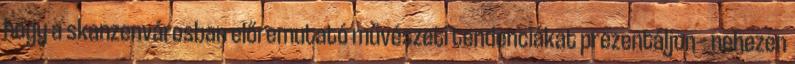
hogy a skanzenvárosban előremutató művészeti tendenciákat prezentáljon – nehezen